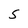
Character: S